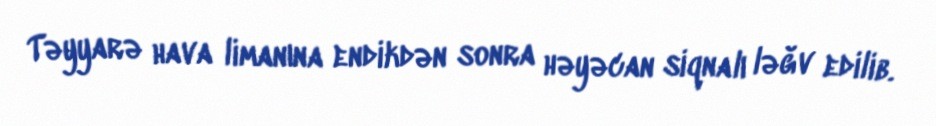
Təyyarə hava limanına endikdən sonra həyəcan siqnalı ləğv edilib.